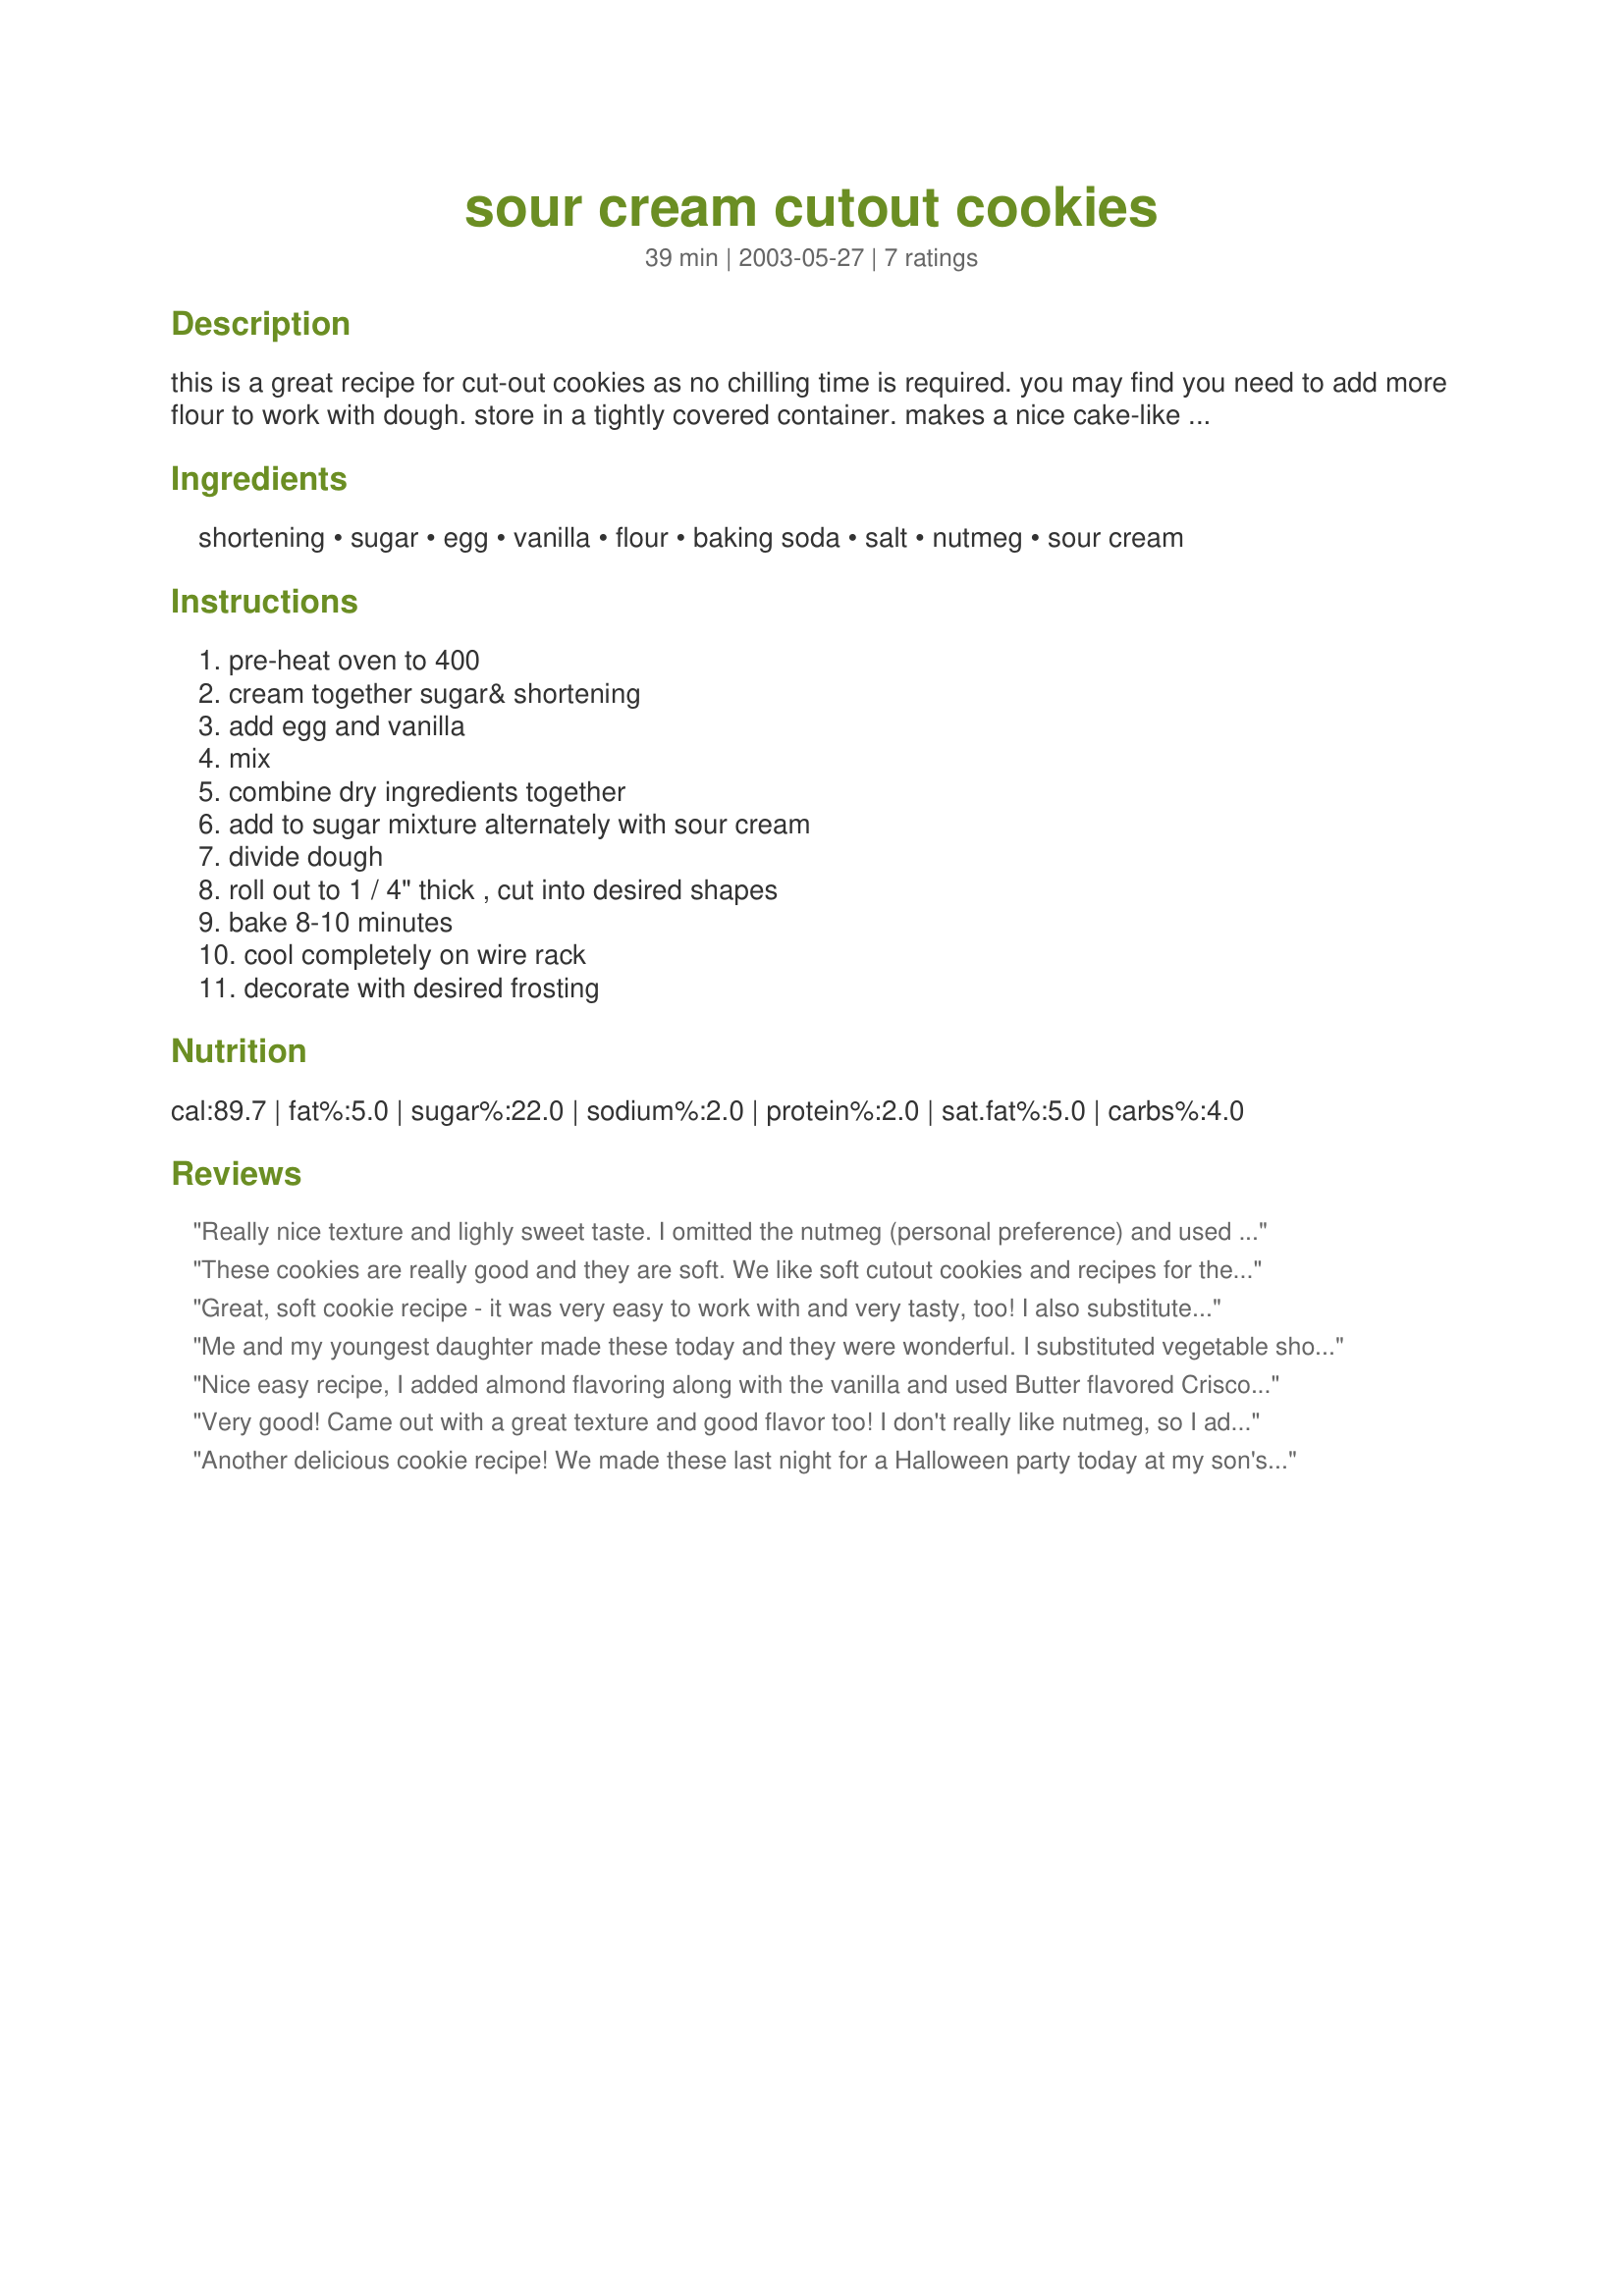
sour cream cutout cookies
Preparation time: 39 minutes

this is a great recipe for cut-out cookies as no chilling time is required. you may find you need to add more flour to work with dough. store in a tightly covered container. makes a nice cake-like cookie.

Ingredients:
shortening, sugar, egg, vanilla, flour, baking soda, salt, nutmeg, sour cream

Steps:
pre-heat oven to 400, cream together sugar& shortening, add egg and vanilla, mix, combine dry ingredients together, add to sugar mixture alternately with sour cream, divide dough, roll out to 1 / 4" thick , cut into desired shapes, bake 8-10 minutes, cool completely on wire rack, decorate with desired frosting

Reviews:
Really nice texture and lighly sweet taste. I omitted the nutmeg (personal preference) and used "Smart Balance Margarine" in place of the shortening (again, personal preference). I doubled the recipe since I was making for a large event. I had to add a smidge more flour, but not much. I got about 14 dozen, that's 7 dozen 1 1/2" cookies per recipe. Worked great. Thanks for a nice recipe.
These cookies are really good and they are soft. We like soft cutout cookies and recipes for them are hard to find. Also the dough was easy to work with. Our family loved them too!
Great, soft cookie recipe - it was very easy to work with and very tasty, too! I also substituted cinnamon for the nutmet. Works great!
Me and my youngest daughter made these today and they were wonderful. I substituted vegetable shortening (to keep them veggie) and cinnamon for the nutmeg. They were easy to make and very well behaved when rolling and cutting out into Halloween shapes. The children all loved them and we will definately be making them again. thank you.
Nice easy recipe, I added almond flavoring along with the vanilla and used Butter flavored Crisco shortening, only because this is what I had on hand. Turned out very rich and flavorful. I bet you could add raspberry jam, chocolate or toffee chips for a little variety. Thanks
Very good! Came out with a great texture and good flavor too! I don't really like nutmeg, so I added cinnamon instead. Makes a nice stiff dough, and dee-licious cookies!
Another delicious cookie recipe! We made these last night for a Halloween party today at my son's school. These are a very soft, cake-like, "puffy" cutout cookies. I used Jiffy's frosting mix and these turned out perfect. Thanks for another delicious cookie recipe!
